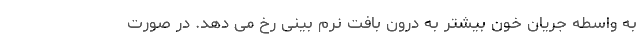
به واسطه جریان خون بیشتر به درون بافت نرم بینی رخ می دهد. در صورت